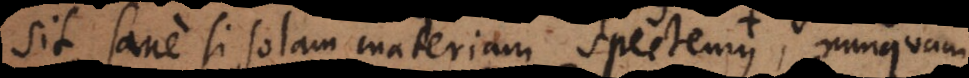
sit, sane si solam materiam spectemus nunquam